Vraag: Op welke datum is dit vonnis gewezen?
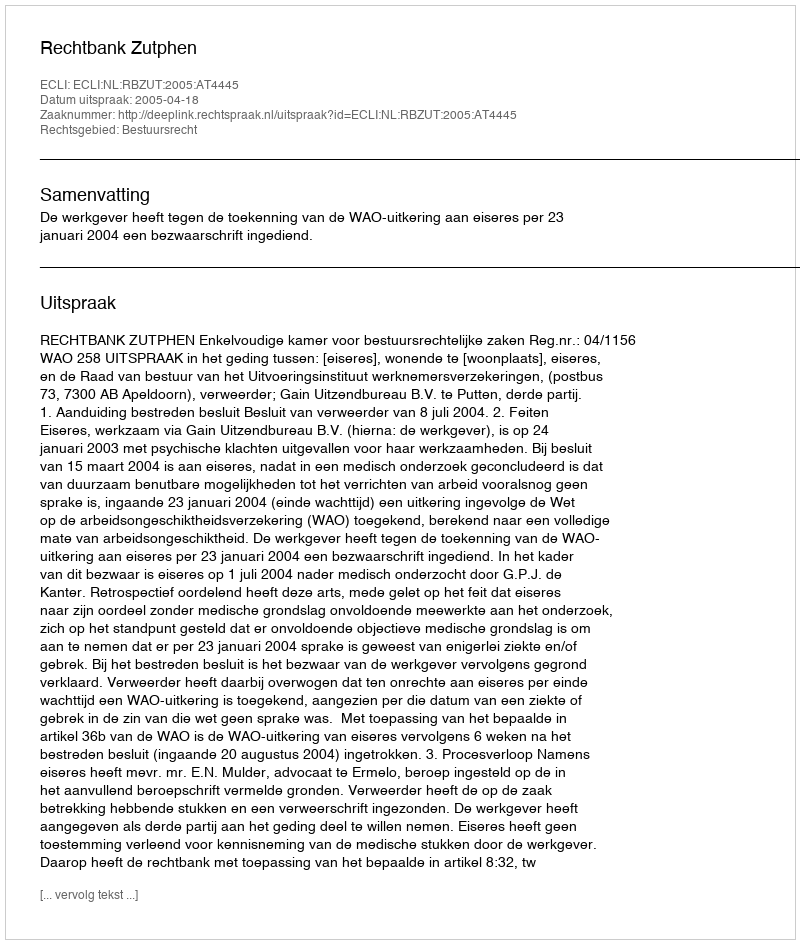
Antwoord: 2005-04-18